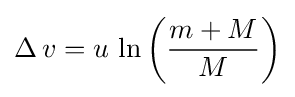
\Delta \,v=u\,\ln \left({\frac {m+M}{M}}\right)